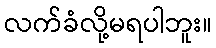
လက်ခံလို့မရပါဘူး။